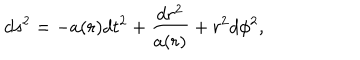
d s ^ { 2 } = - a ( r ) d t ^ { 2 } + \frac { d r ^ { 2 } } { a ( r ) } + r ^ { 2 } d \phi ^ { 2 } ,